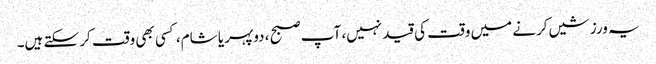
یہ ورزشیں کرنے میں وقت کی قید نہیں، آپ صبح ، دوپہر یا شام، کسی بھی وقت کر سکتے ہیں۔